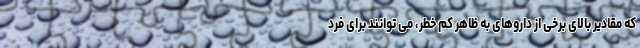
که مقادیر بالای برخی از داروهای به ظاهر کم خطر، می توانند برای فرد